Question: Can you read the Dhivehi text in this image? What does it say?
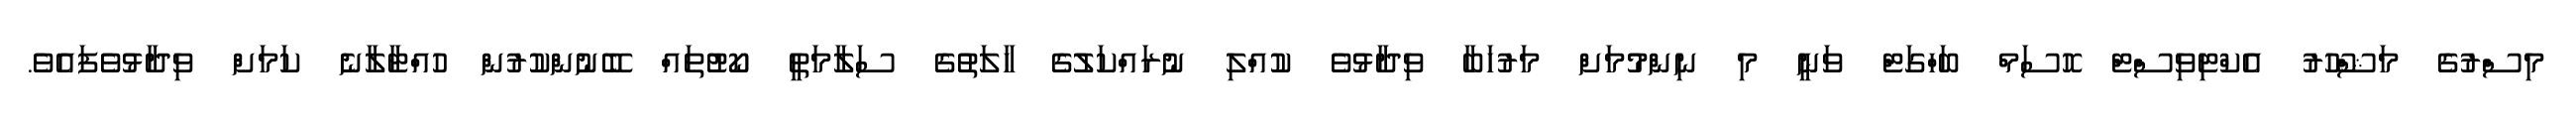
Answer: މިސްރުގެ މަޝްހޫރު އެކްޓިވިސްޓް ހޮސަމް ބަހްގަޓް ވަނީ މި ނިންމުމަށް މަރުހަބާ ވިދާޅުވެ ކުއްލި ނުރައްކަލުގެ ހާލަތުގެ ސަލާމަތީ ކޯޓުތައް ބޭނުންކުރުން ހުއްޓާލާނެ ކަމަށް ވިދާޅުވެފައެވެ.